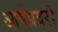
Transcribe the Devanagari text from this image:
आर्षप्रवरो